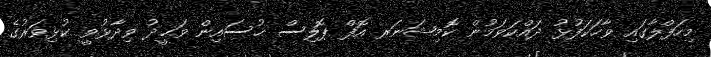
މިހަފްލާގައި ވާހަކަފުޅު ދައްކަވަމުން ކޮމިޝަނަރ އޮފް ޕޮލިސް ޙުސައިން ވަޙީދު ވިދާޅުވީ ކުޅިވަރުގެ